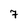
Character: 7